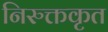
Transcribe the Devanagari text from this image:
निरुक्तकृत